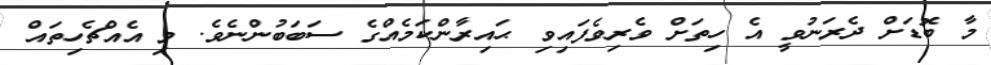
މާ ބޮޑަށް ދެރަނުވީ އެ ހިތަށް ވެރިވެފައިވި ޙައިރާންކަމެއްގެ ސަބަބުންނެވެ. މި އެއްޗެހިތައް